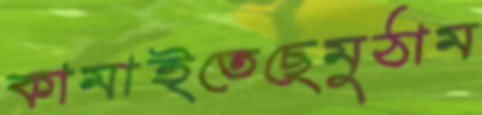
কামাইতেছেমুঠাম